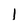
Character: I